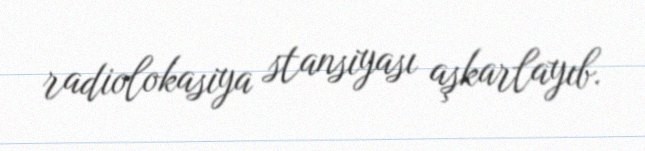
radiolokasiya stansiyası aşkarlayıb.